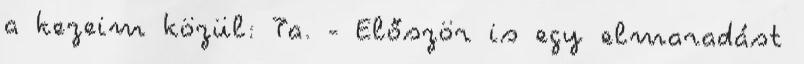
a kezeim közül: Ta. - Először is egy elmaradást